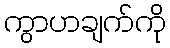
ကွာဟချက်ကို